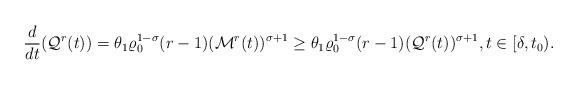
LaTeX: \begin{align*}\frac{d}{dt}(\mathcal{Q}^{r}(t)) = \theta_{1}\varrho_{0}^{1-\sigma}(r-1)(\mathcal{M}^{r}(t))^{\sigma+1} \ge \theta_{1}\varrho_{0}^{1-\sigma}(r-1)(\mathcal{Q}^{r}(t))^{\sigma+1},t\in[\delta,t_{0}).\end{align*}